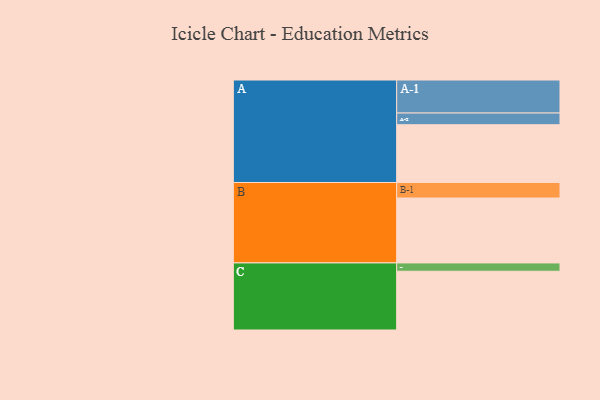
{"axis": {"x": "Segment", "y": "Value"}, "legend": ["", "A", "B", "C"], "data": [{"x": "A", "y": 458, "type": ""}, {"x": "B", "y": 515, "type": ""}, {"x": "C", "y": 466, "type": ""}, {"x": "A-1", "y": 262, "type": "A"}, {"x": "A-2", "y": 93, "type": "A"}, {"x": "B-1", "y": 123, "type": "B"}, {"x": "C-1", "y": 66, "type": "C"}]}